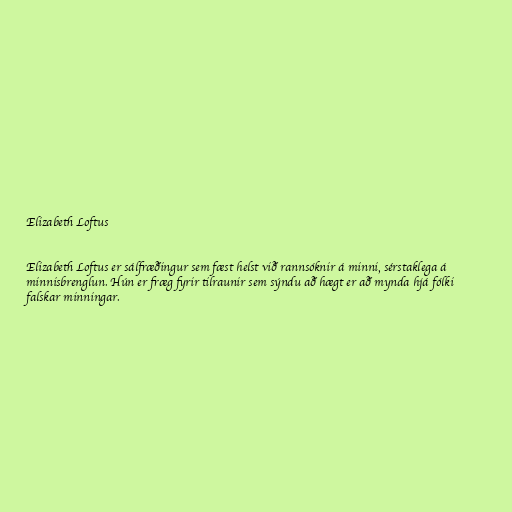
Elizabeth Loftus

Elizabeth Loftus er sálfræðingur sem fæst helst við rannsóknir á minni, sérstaklega á
minnisbrenglun. Hún er fræg fyrir tilraunir sem sýndu að hægt er að mynda hjá fólki
falskar minningar.